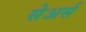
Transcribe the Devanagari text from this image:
सेअर्स